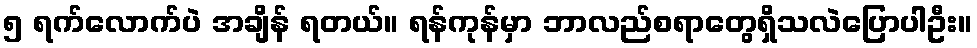
၅ ရက်လောက်ပဲ အချိန် ရတယ်။ ရန်ကုန်မှာ ဘာလည်စရာတွေရှိသလဲပြောပါဦး။